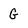
Character: G